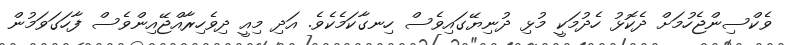
ވެކްސިންޖެހުމަށް ދެކޮޅު ހެދުމަކީ މުޅި ދުނިޔޭގައިވެސް ހިނގާކަމެކެވެ. އަދި މިއީ ދިވެހިރާއްޖޭއިންވެސް ފާހަގަވަމުން